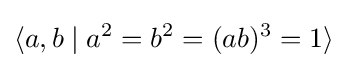
\langle a,b\mid a^{2}=b^{2}=(ab)^{3}=1\rangle